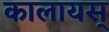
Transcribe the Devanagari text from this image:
कालायस्